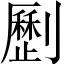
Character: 𠠝